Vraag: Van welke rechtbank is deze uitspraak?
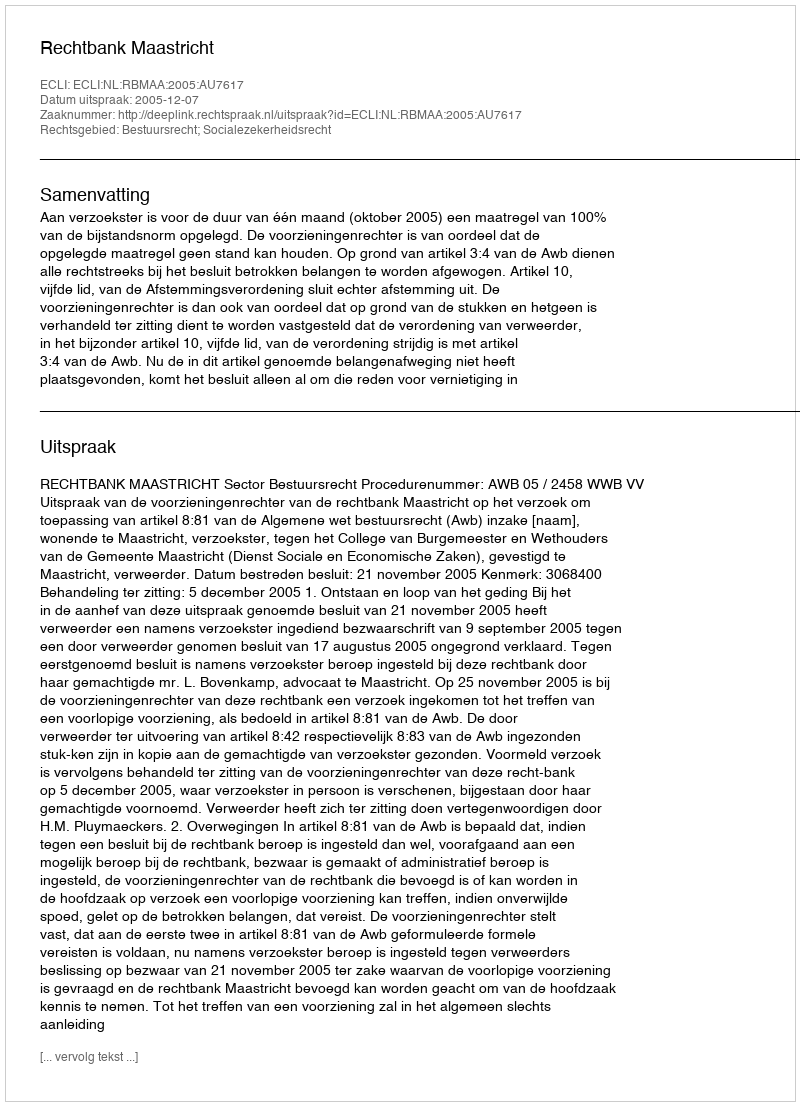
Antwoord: Rechtbank Maastricht